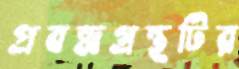
প্রবন্ধগ্রন্থটির